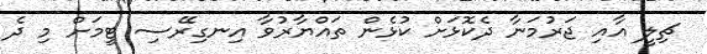
ޗިލީ އާއި ޖަރުމަނާ ދެކޮޅަށް ކުޅެން ތައްޔާރުވާ އިނގިރޭސި ޓީމަށް މި ދެ